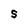
Character: S